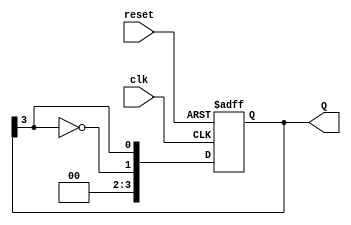
module johnson_counter #(
    parameter N = 4  // Number of flip-flops
) (
    input wire clk,      // Clock input
    input wire reset,    // Asynchronous reset
    output reg [N-1:0] Q // Output state
);

    // Initialize the counter
    always @(posedge clk or posedge reset) begin
        if (reset) begin
            Q <= 0; // Reset the counter to 0
        end else begin
            // Shift the current state and feed back the inverted last flip-flop output
            Q <= {~Q[N-1], Q[N-1:N-1]}; // Shift and feedback
        end
    end
    
endmodule